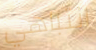
انتباهي